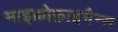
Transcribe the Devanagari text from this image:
माइक्रोफ़ाइनैन्स